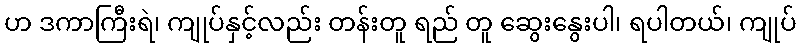
ဟ ဒကာကြီးရဲ၊ ကျုပ်နှင့်လည်း တန်းတူ ရည် တူ ဆွေးနွေးပါ၊ ရပါတယ်၊ ကျုပ်